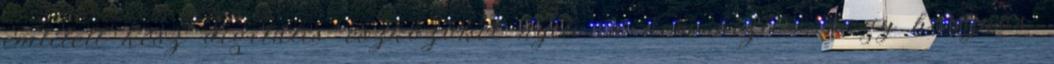
említett kész digitális eszközöket nyilván nem biztos, hogy hasznos